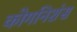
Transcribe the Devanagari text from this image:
कोगनिशंस